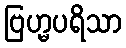
ဗြဟ္မပရိသာ